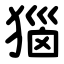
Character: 㺁